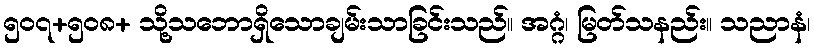
၅၀၇+၅၀၈+ သို့သဘောရှိသောချမ်းသာခြင်းသည်။ အဂ္ဂံ၊ မြတ်သနည်း။ သညာနံ၊